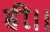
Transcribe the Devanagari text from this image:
ही।।